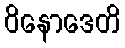
ဝိနောဒေတိ